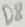
Text: D8